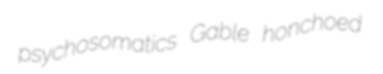
psychosomatics Gable honchoed